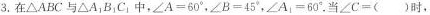
3.在△ABC与△A1B1C1中，$$∠A=60°$$，$$∠B=45°$$，$$∠A1=60°$$。当∠C=( )时，